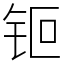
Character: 钷